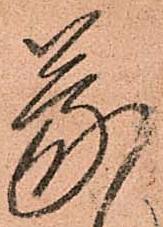
蒙